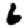
Digit: 6